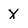
Character: X